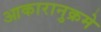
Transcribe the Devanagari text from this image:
आकारानुक्रमे